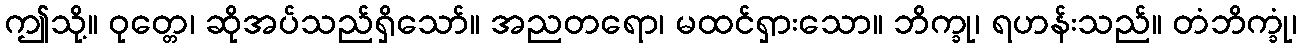
ဤသို့။ ဝုတ္တေ၊ ဆိုအပ်သည်ရှိသော်။ အညတရော၊ မထင်ရှားသော။ ဘိက္ခု၊ ရဟန်းသည်။ တံဘိက္ခုံ၊